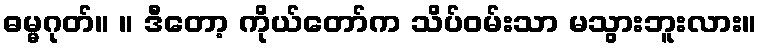
ဓမ္မဂုတ်။ ။ ဒီတော့ ကိုယ်တော်က သိပ်ဝမ်းသာ မသွားဘူးလား။